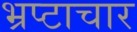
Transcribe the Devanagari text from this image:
भ्रप्टाचार